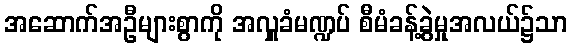
အဆောက်အဦများစွာကို အလှူခံမဏ္ဍပ် စီမံခန့်ခွဲမှုအလယ်၌သာ